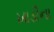
ખાડીના